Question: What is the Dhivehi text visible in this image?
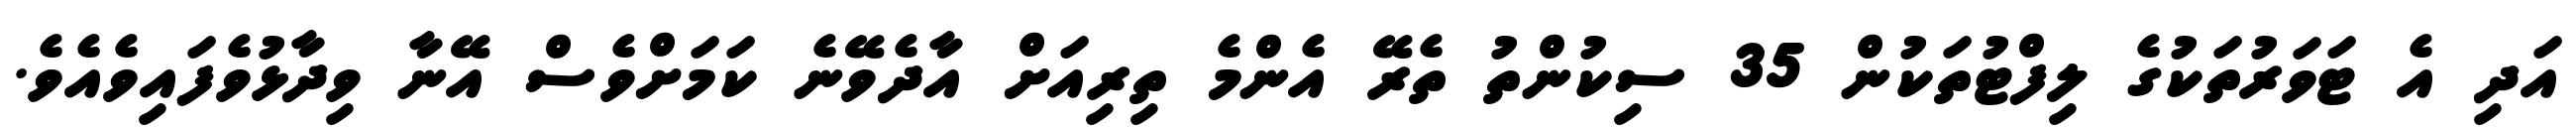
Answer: އަދި އެ ޓަވަރުތަކުގެ ލިފްޓުތަކުން 35 ސިކުންތު ތެރޭ އެންމެ ތިރިއަށް އާދެވޭނެ ކަމަށްވެސް އޭނާ ވިދާޅުވެފައިވެއެވެ.